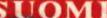
SUOMUI